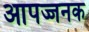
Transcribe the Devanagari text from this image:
आपज्जनक